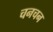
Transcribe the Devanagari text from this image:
चनचन